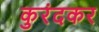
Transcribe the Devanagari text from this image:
कुरंदकर